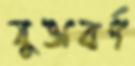
যুক্তবর্ণ